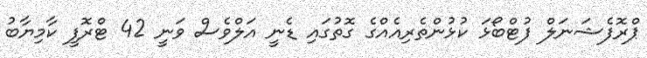
ޕްރޮފެޝަނަލް ފުޓްބޯޅަ ކުޅުންތެރިއެއްގެ ގޮތުގައި ޑެނީ އަލްވެސް ވަނީ 42 ޓްރޮފީ ކާމިޔާބު